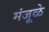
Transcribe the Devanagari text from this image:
मंजूळे